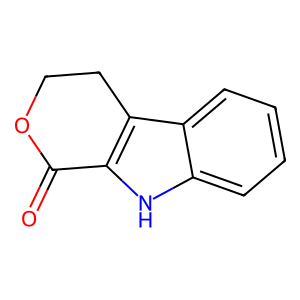
SMILES: O=C1OCCc2c1[nH]c1ccccc21
Inhibits HIV replication: No